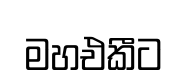
මහඑකීට